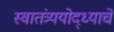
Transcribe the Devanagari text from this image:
स्वातंत्र्ययोद्‌ध्याचे